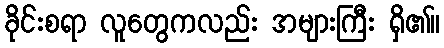
ခိုင်းစရာ လူတွေကလည်း အများကြီး ရှိ၏။